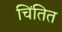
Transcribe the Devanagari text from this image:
चिंतित